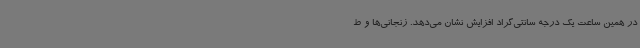
در همین ساعت یک درجه سانتی‌گراد افزایش نشان می‌دهد. زنجانی‌ها و ط